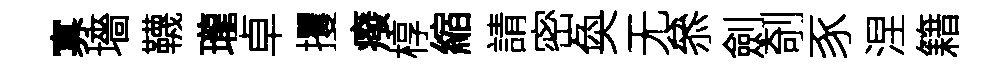
寡墻韈瓏卓攫癈椁縮請密奐无叅劍剞豕涅籍